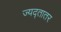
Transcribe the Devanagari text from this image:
ज्यद्तातर